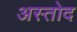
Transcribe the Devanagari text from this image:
अस्तोद